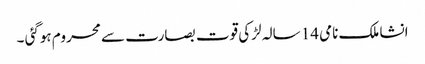
انشا ملک نامی 14 سالہ لڑکی قوت بصارت سے محروم ہوگئی ۔